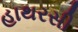
હાથરસી